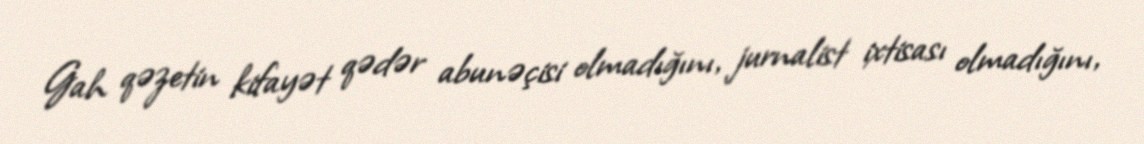
Gah qəzetin kifayət qədər abunəçisi olmadığını, jurnalist ixtisası olmadığını,